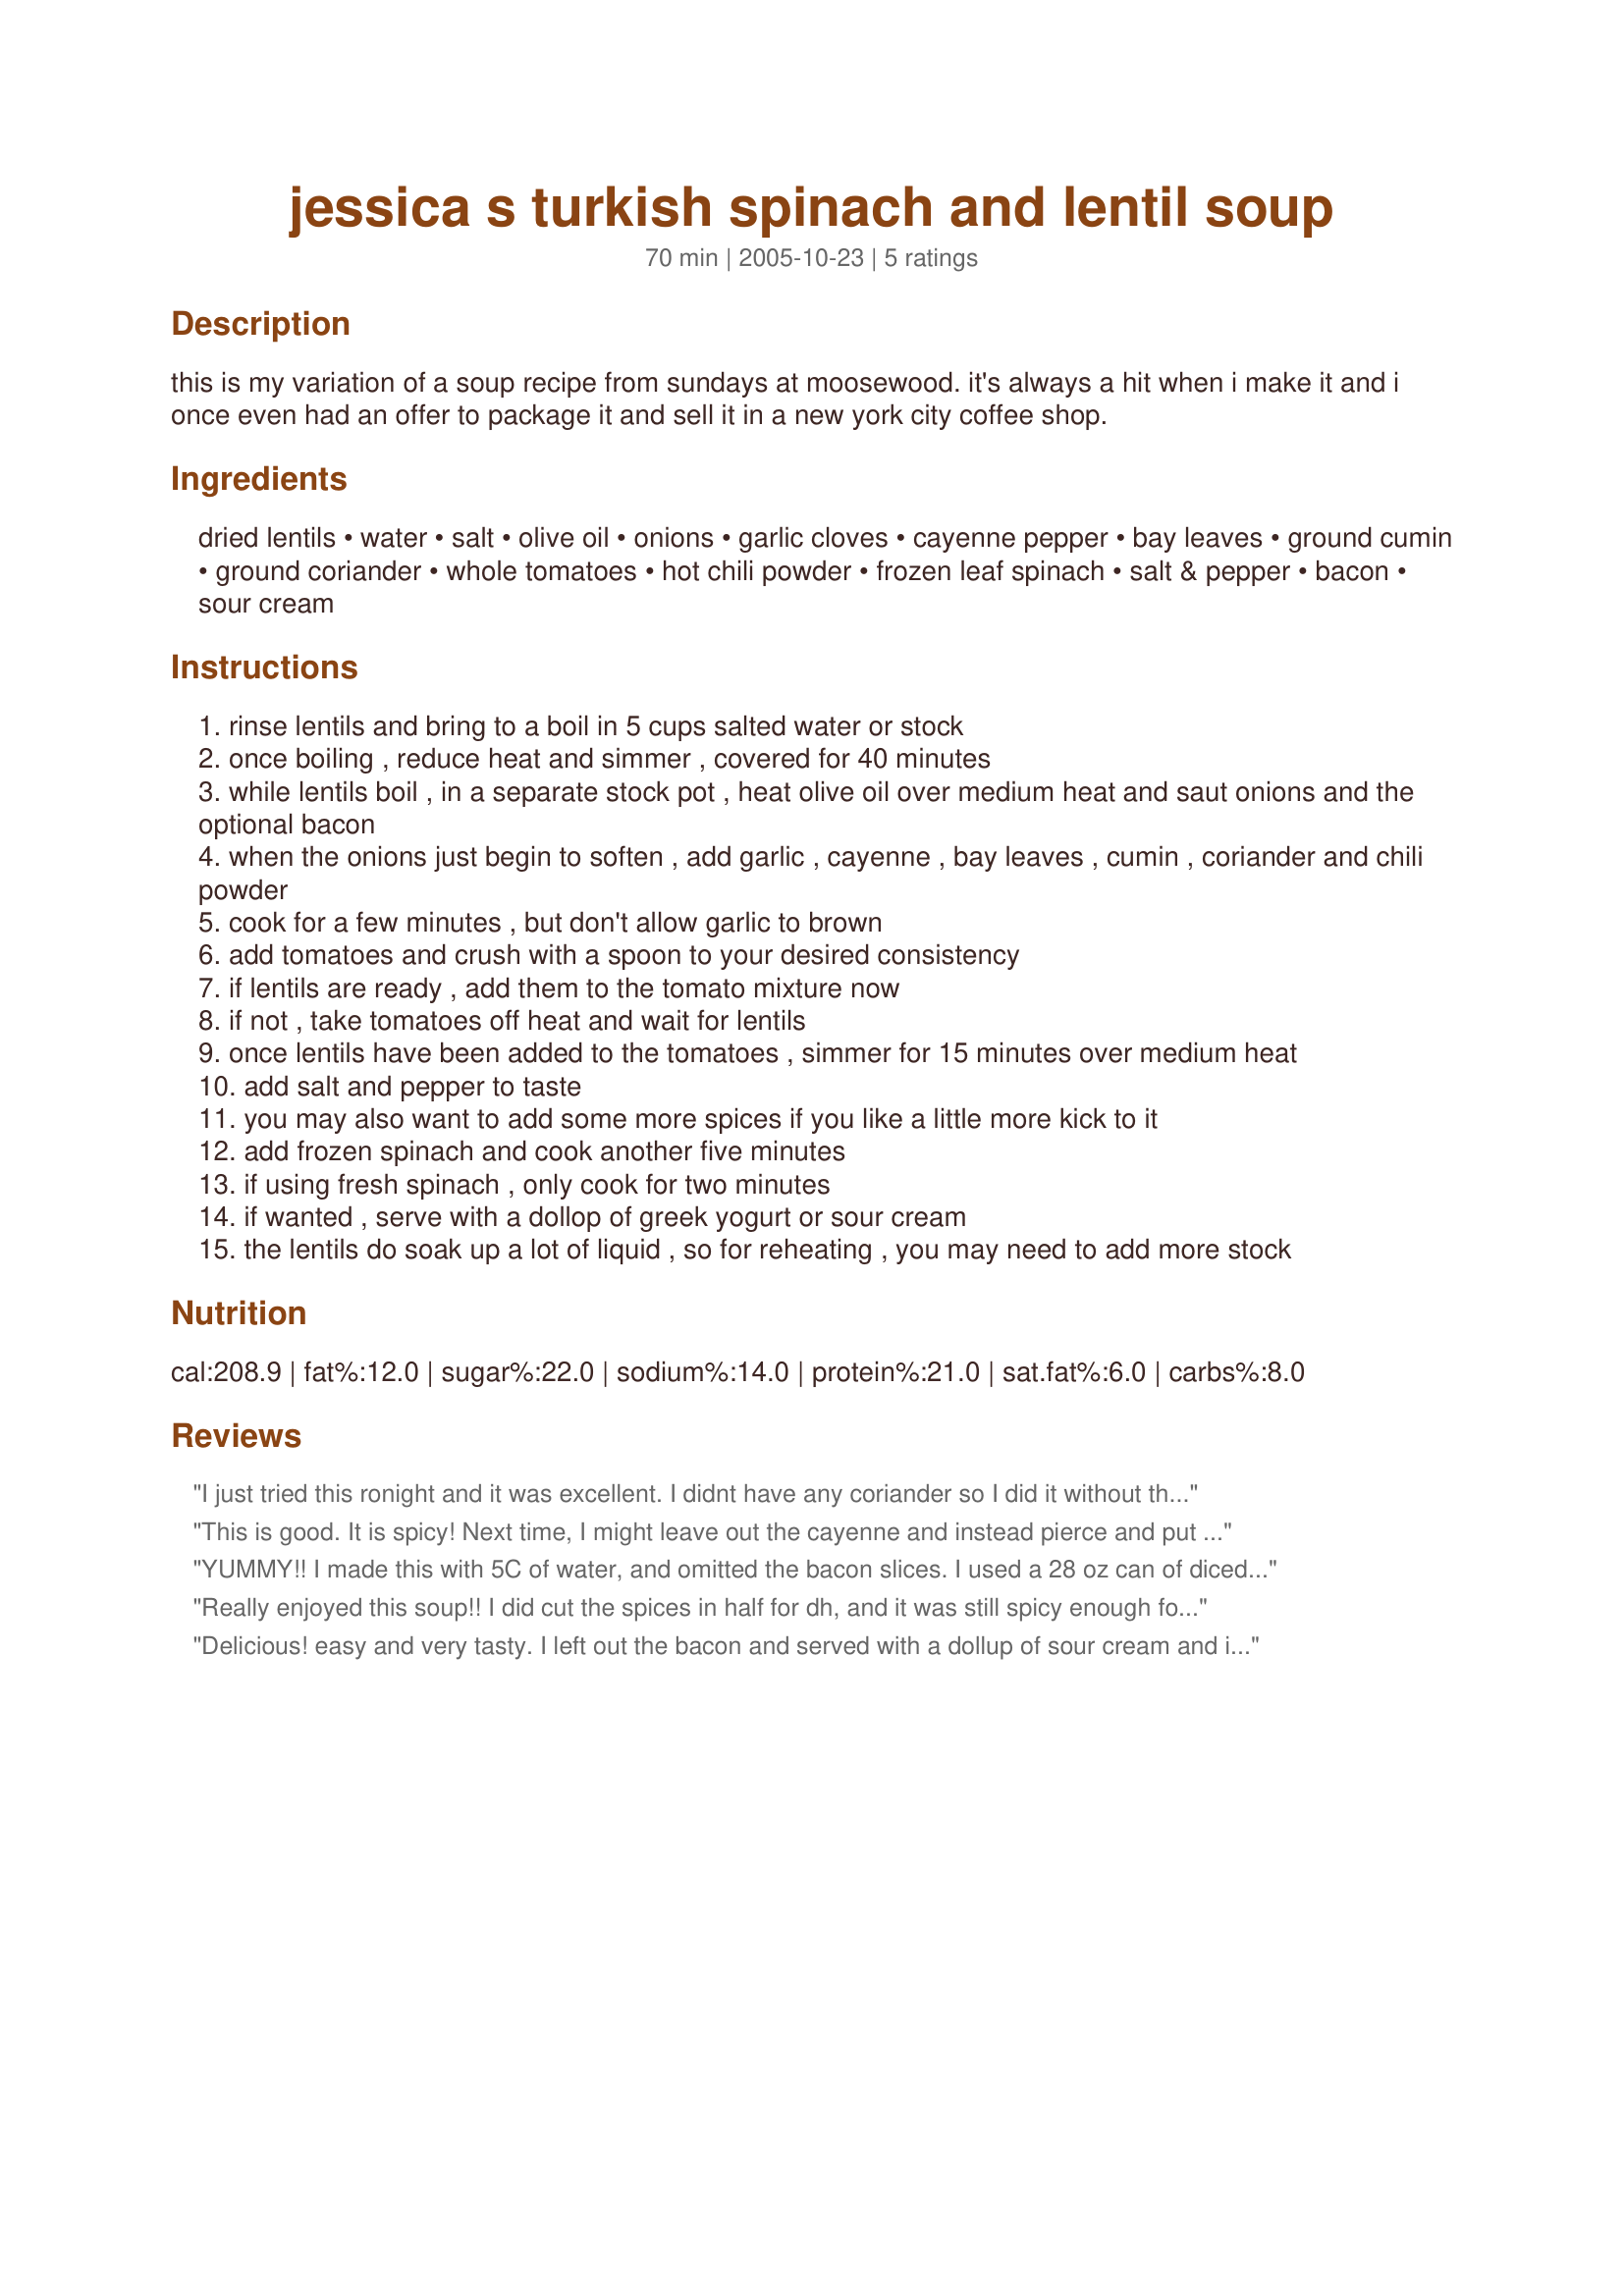
jessica s turkish spinach and lentil soup
Preparation time: 70 minutes

this is my variation of a soup recipe from sundays at moosewood. it's always a hit when i make it and i once even had an offer to package it and sell it in a new york city coffee shop.

Ingredients:
dried lentils, water, salt, olive oil, onions, garlic cloves, cayenne pepper, bay leaves, ground cumin, ground coriander, whole tomatoes, hot chili powder, frozen leaf spinach, salt & pepper, bacon, sour cream

Steps:
rinse lentils and bring to a boil in 5 cups salted water or stock
once boiling , reduce heat and simmer , covered for 40 minutes
while lentils boil , in a separate stock pot , heat olive oil over medium heat and saut onions and the optional bacon
when the onions just begin to soften , add garlic , cayenne , bay leaves , cumin , coriander and chili powder
cook for a few minutes , but don't allow garlic to brown
add tomatoes and crush with a spoon to your desired consistency
if lentils are ready , add them to the tomato mixture now
if not , take tomatoes off heat and wait for lentils
once lentils have been added to the tomatoes , simmer for 15 minutes over medium heat
add salt and pepper to taste
you may also want to add some more spices if you like a little more kick to it
add frozen spinach and cook another five minutes
if using fresh spinach , only cook for two minutes
if wanted , serve with a dollop of greek yogurt or sour cream
the lentils do soak up a lot of liquid , so for reheating , you may need to add more stock

Reviews:
I just tried this ronight and it was excellent. I didnt have any coriander so I did it without that. It was not like the lentil soups that I remember in Turkey which were always made from red lentils, however, I don't rate my recipes by authenticity but by taste and this sure tastes GREAT!!! Next time I'll add then coriander and some lemon at the end. I can see why they wanted to package it.
This is good. It is spicy! Next time, I might leave out the cayenne and instead pierce and put in a whole jalapeno for a mellower spice and flavor.
I also used plain yogurt in place of sour cream.
YUMMY!! I made this with 5C of water, and omitted the bacon slices. I used a 28 oz can of diced tomatoes, and fresh baby spinach. I froze it in single serving sizes & had my first one today w/1T of sour cream mixed it. This was REALLY GOOD! I'm not a spicy food fan...and without the sour cream this had too much heat for me to really enjoy it...but the sour cream tempered the spice PERFECTLY! Nice, thick, hearty soup....was just right for lunch with a whole wheat bagel on this cold rainy day! Thanks for sharing!
Really enjoyed this soup!! I did cut the spices in half for dh, and it was still spicy enough for me. I left out the bacon, but next time I may sprinkle crisp bacon on the sour cream. The sour cream is a must add for me. I also left out the salt, as there was salt in the broth, but did add some pepper.Thanks for posting!
Delicious! easy and very tasty. I left out the bacon and served with a dollup of sour cream and it was lovely, thanks for the recipe
